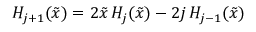
\begin{array} { r } { H _ { j + 1 } ( \tilde { x } ) = 2 \tilde { x } \, H _ { j } ( \tilde { x } ) - 2 j \, H _ { j - 1 } ( \tilde { x } ) } \end{array}